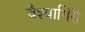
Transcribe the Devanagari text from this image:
वैश्यागिरी